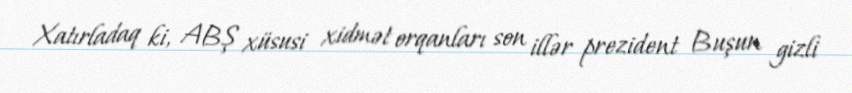
Xatırladaq ki, ABŞ xüsusi xidmət orqanları son illər prezident Buşun gizli